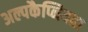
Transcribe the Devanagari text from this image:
अल्पकैप्नियता